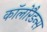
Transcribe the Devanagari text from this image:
कॉलोरैडन्स